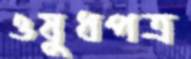
ওষুধপত্র